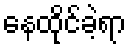
နေထိုင်ခဲ့ရာ